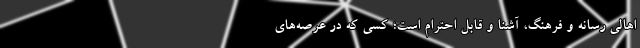
اهالی رسانه و فرهنگ، آشنا و قابل احترام است؛ کسی که در عرصه­‌های